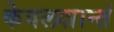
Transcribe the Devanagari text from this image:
केवलशान्तं